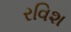
રવિશ